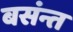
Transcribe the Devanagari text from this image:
बसंन्त